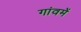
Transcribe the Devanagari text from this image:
गांवमें